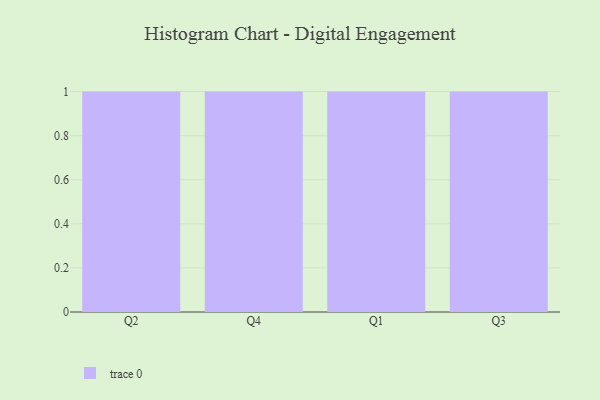
{"axis": {"x": "Quarter", "y": "Budget (USD K)"}, "legend": [""], "data": [{"x": "Q2", "y": 81, "type": ""}, {"x": "Q4", "y": 9, "type": ""}, {"x": "Q1", "y": 80, "type": ""}, {"x": "Q3", "y": 27, "type": ""}]}